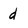
Character: d